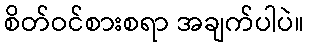
စိတ်ဝင်စားစရာ အချက်ပါပဲ။